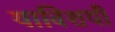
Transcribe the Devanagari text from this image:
याविशयी